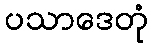
ပသာဒေတုံ